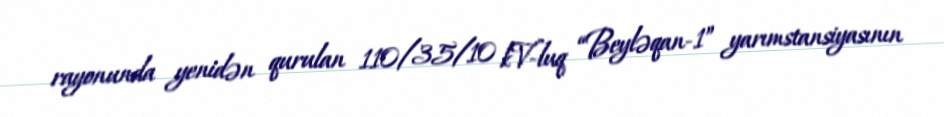
rayonunda yenidən qurulan 110/35/10 kV-luq “Beyləqan-1” yarımstansiyasının